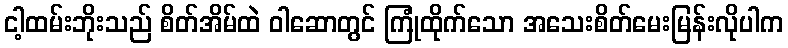
ငါ့ထမ်းဘိုးသည် စိတ်အိမ်ထဲ ဝါဆောတွင် ကြုံထိုက်သော အသေးစိတ်မေးမြန်းလိုပါက